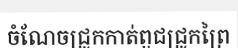
ចំណែចជ្រូកកាត់ពួជជ្រូកព្រៃ